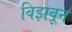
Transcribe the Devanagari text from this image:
विझवून